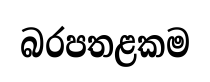
බරපතළකම